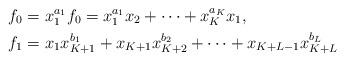
LaTeX: \begin{align*}& f_0 = x_1^{a_1} f_0 = x_1^{a_1}x_2 + \dots + x_K^{a_K}x_1,\\& f_1 = x_1 x_{K+1}^{b_1} + x_{K+1}x_{K+2}^{b_2} + \dots + x_{K+L-1}x_{K+L}^{b_L}\end{align*}